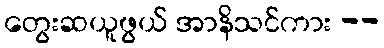
တွေးဆယူဖွယ် အာနိသင်ကား --